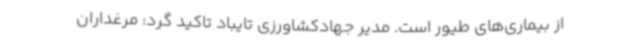
از بیماری‌های طیور است. مدیر جهادکشاورزی تایباد تاکید گرد: مرغداران